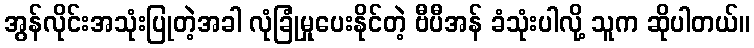
အွန်လိုင်းအသုံးပြုတဲ့အခါ လုံခြုံမှုပေးနိုင်တဲ့ ဗီပီအန် ခံသုံးပါလို့ သူက ဆိုပါတယ်။